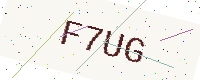
Text: F7UG